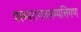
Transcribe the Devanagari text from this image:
परम्परागतसम्पत्तिगण